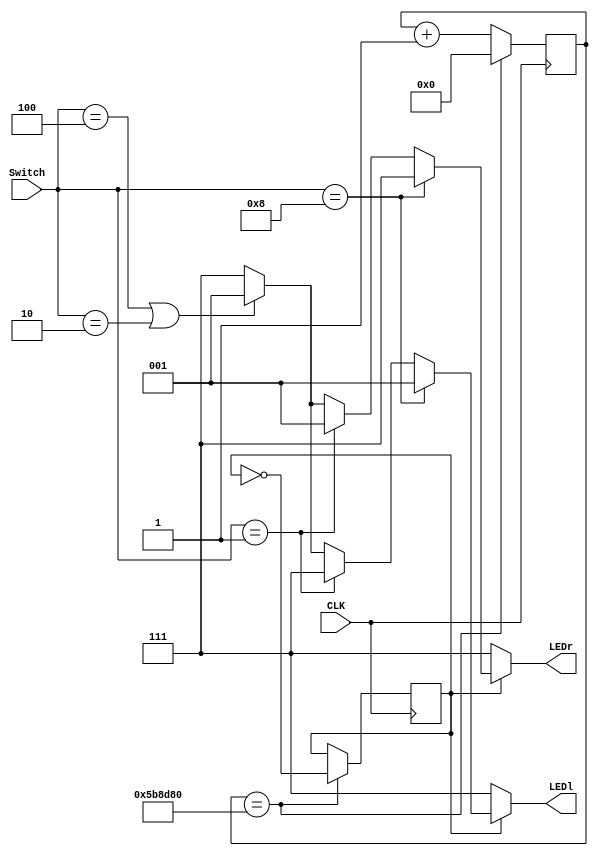
//2020.12.4 

module CarLight(CLK,LEDl,LEDr,Switch);
	//
	input CLK;
	input [3:0] Switch;
	
	// RGBLED
	output [2:0] LEDl;
	output [2:0] LEDr;
	
	//
	reg [2:0] LEDL,LEDR;
	
	//
	assign LEDl = LEDL;
	assign LEDr = LEDR;
	
	//
	reg [30:0] Time;
	reg One;
	
	//
	initial begin
		Time = 1'b0;
		One = 1'b0;
	end
	
	//1s
	always@(posedge CLK) begin
		if(Time == 24'h5b8d80) begin	//0.5s
			Time <= 1'b0;
			One <= ~One;
		end
		else begin
			Time <= Time + 1'b1;
		end
	end
	
	always@(One) begin
	if(One == 1'b1) begin
		if(Switch == 4'b1000) begin
			LEDL = 3'b001;
			LEDR = 3'b111;
		end
		else if(Switch == 4'b0001) begin
			LEDL = 3'b111;
			LEDR = 3'b001;
		end
		else if(Switch == 4'b0100 || Switch ==4'b0010) begin
			LEDL = 3'b001;
			LEDR = 3'b001;
		end
		else begin
			LEDL = 3'b111;
			LEDR = 3'b111;
		end
	end
	else begin
		LEDL = 3'b111;
		LEDR = 3'b111;
	end
	end
	
endmodule